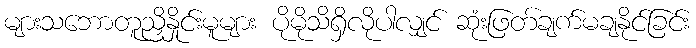
များသဘောတူညှိနှိုင်းမူများ ပိုမိုသိရှိလိုပါလျှင် ဆုံးဖြတ်ချက်မချနိုင်ခြင်း